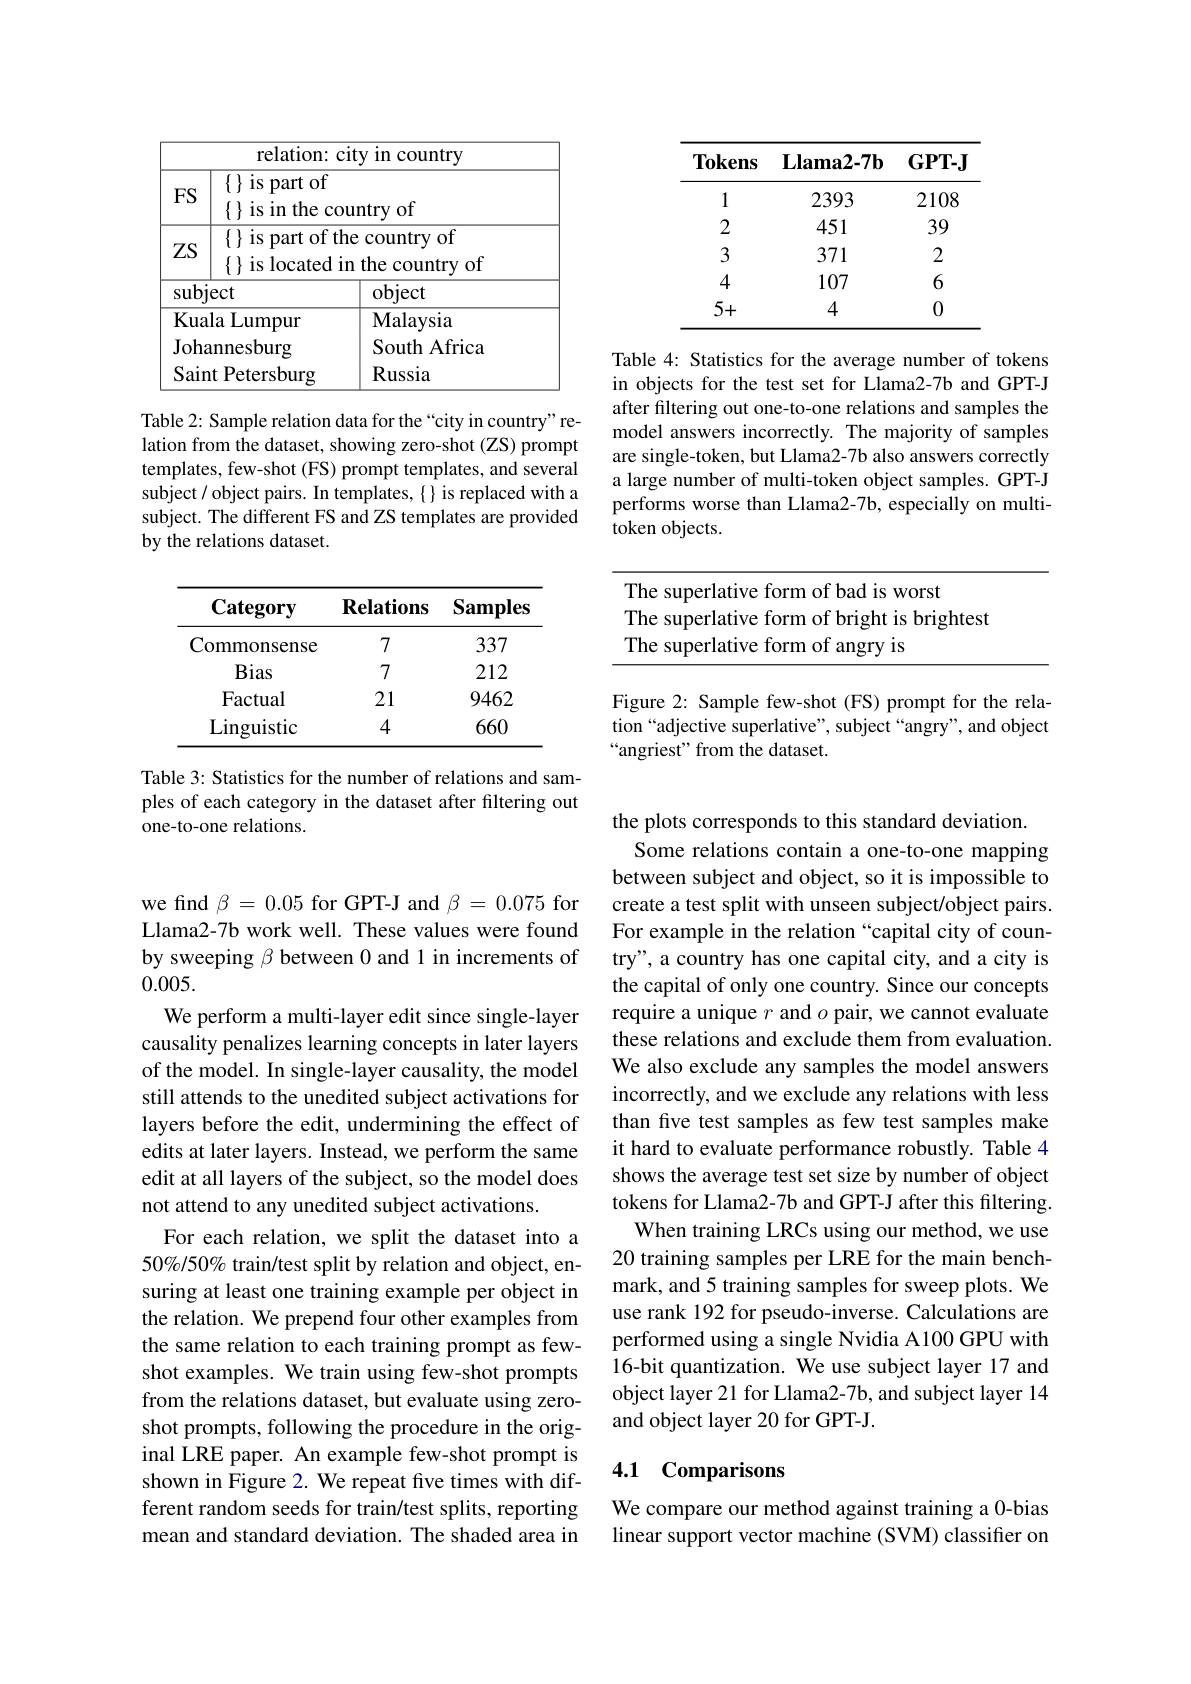
<table>
	<tbody>
		<tr>
			<th>relation: c</th>
			<th>ity in country</th>
		</tr>
		<tr>
			<td>$\{\}$ is part of $FS$ $\{$ is in the co</td>
			<td>untry of</td>
		</tr>
		<tr>
			<td>$\{$ is part of th ZS $\{$ is located i</td>
			<td>re country of n the country of</td>
		</tr>
		<tr>
			<td>$\operatorname{subject}$</td>
			<td>object</td>
		</tr>
		<tr>
			<td>Kuala Lumpur</td>
			<td>$\mathbf{Malaysia}$</td>
		</tr>
		<tr>
			<td>Johannesburg</td>
			<td>South Africa</td>
		</tr>
		<tr>
			<td>Saint Petersburg</td>
			<td>Russia</td>
		</tr>
	</tbody>
</table>

Table 2: Sample relation data for the “city in country” relation from the dataset, showing zero-shot (ZS) prompt templates, few-shot (FS) prompt templates, and several subject / object pairs. In templates, { } is replaced with a subject. The different FS and ZS templates are provided by the relations dataset.

<table>
	<tbody>
		<tr>
			<th>$\mathbf{Category}$</th>
			<th>$\mathbf{Relations}$</th>
			<th>Samples</th>
		</tr>
		<tr>
			<td>Commonsense</td>
			<td>7</td>
			<td>337</td>
		</tr>
		<tr>
			<td>Bias</td>
			<td>7</td>
			<td>212</td>
		</tr>
		<tr>
			<td>Factual</td>
			<td>21</td>
			<td>9462</td>
		</tr>
		<tr>
			<td>Linguistic</td>
			<td>4</td>
			<td>660</td>
		</tr>
	</tbody>
</table>

Table 3: Statistics for the number of relations and samples of each category in the dataset after filtering out one-to-one relations.

we find $\beta=0.05$ for GPT-J and $\beta=0.075$ for Llama2-7b work well. These values were found by sweeping $\beta$ between 0 and 1 in increments of 0.005.
We perform a multi-layer edit since single-layer causality penalizes learning concepts in later layers of the model. In single-layer causality, the model still attends to the unedited subject activations for layers before the edit, undermining the effect of edits at later layers. Instead, we perform the same edit at all layers of the subject, so the model does not attend to any unedited subject activations.
For each relation, we split the dataset into a 50%/50% train/test split by relation and object, ensuring at least one training example per object in the relation. We prepend four other examples from the same relation to each training prompt as fewshot examples. We train using few-shot prompts from the relations dataset, but evaluate using zeroshot prompts, following the procedure in the original LRE paper. An example few-shot prompt is shown in Figure 2. We repeat five times with different random seeds for train/test splits, reporting mean and standard deviation. The shaded area in

<table>
	<tbody>
		<tr>
			<th>$\mathbf{Tokens}$</th>
			<th>$\mathbf{Llama2-7b}$</th>
			<th>$\mathbf{GPT-J}$</th>
		</tr>
		<tr>
			<td>1</td>
			<td>2393</td>
			<td>2108</td>
		</tr>
		<tr>
			<td>2</td>
			<td>451</td>
			<td>39</td>
		</tr>
		<tr>
			<td>3</td>
			<td>371</td>
			<td>2</td>
		</tr>
		<tr>
			<td>4</td>
			<td>107</td>
			<td>6</td>
		</tr>
		<tr>
			<td>5+</td>
			<td>4</td>
			<td>0</td>
		</tr>
	</tbody>
</table>

Table 4: Statistics for the average number of tokens in objects for the test set for Llama2-7b and GPT-J after filtering out one-to-one relations and samples the model answers incorrectly. The majority of samples are single-token, but Llama2-7b also answers correctly a large number of multi-token object samples. GPT-J performs worse than Llama2-7b, especially on multitoken objects.

The superlative form of bad is worst

The superlative form of bright is brightest

The superlative form of angry is

Figure 2: Sample few-shot (FS) prompt for the relation“adjective superlative”, subject“angry", and object “angriest” from the dataset.

the plots corresponds to this standard deviation.
Some relations contain a one-to-one mapping between subject and object, so it is impossible to create a test split with unseen subject/object pairs. For example in the relation “capital city of country", a country has one capital city, and a city is the capital of only one country. Since our concepts require a unique $r$ and $o$ pair, we cannot evaluate these relations and exclude them from evaluation. We also exclude any samples the model answers incorrectly, and we exclude any relations with less than five test samples as few test samples make it hard to evaluate performance robustly. Table 4 shows the average test set size by number of object tokens for Llama2-7b and GPT-J after this filtering.
When training LRCs using our method, we use 20 training samples per LRE for the main benchmark, and 5 training samples for sweep plots. We use rank 192 for pseudo-inverse. Calculations are performed using a single Nvidia A100 GPU with 16-bit quantization. We use subject layer 17 and object layer 21 for Llama2-7b, and subject layer 14 and object layer 20 for GPT-J.

### 4.1 Comparisons

We compare our method against training a 0-bias linear support vector machine (SVM) classifier on